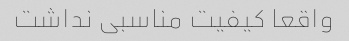
واقعا کیفیت مناسبی نداشت